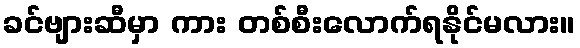
ခင်ဗျားဆီမှာ ကား တစ်စီးလောက်ရနိုင်မလား။